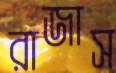
রাজাস